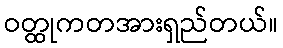
ဝတ္ထုကတအားရှည်တယ်။